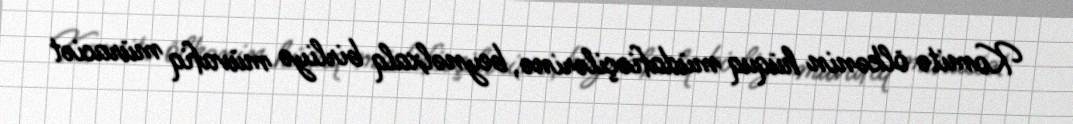
Komitə ölkənin hüquq müdafiəçilərinə, beynəlxalq birliyə müvafiq müraciət